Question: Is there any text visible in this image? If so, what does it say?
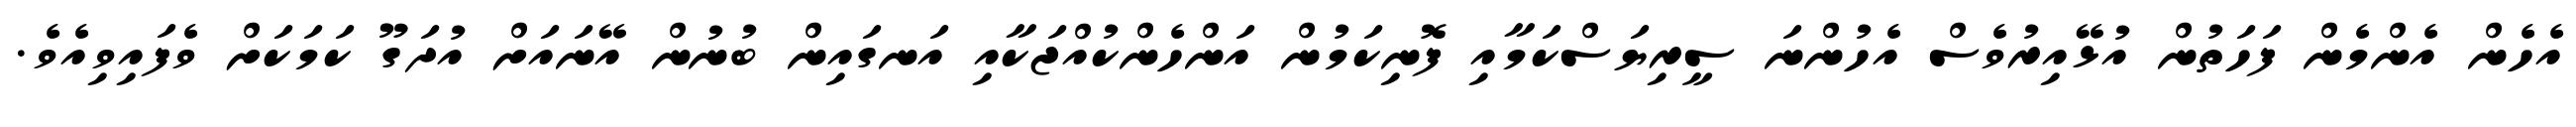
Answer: އެހެން އެންމެން ފަހަތުން އުޅޭއިރުވެސް އެހުންނަ ސީރިޔަސްކަމާއި ފޮނިކަމުން އަންހެންކުއްޖަކާއި އަނގައިން ބުނުން އޭނައަށް އުދަގޫ ކަމަކަށް ވެފައިވިއެވެ.